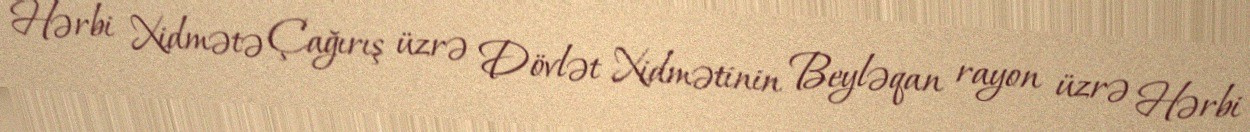
Hərbi Xidmətə Çağırış üzrə Dövlət Xidmətinin Beyləqan rayon üzrə Hərbi